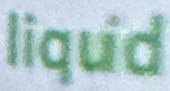
liquid